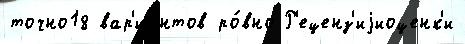
точно18 вар'иа́нтов ро́вно Р'еценз'иjиоценк'и